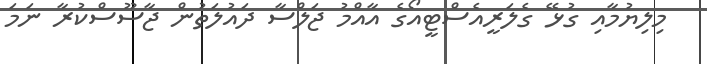
މިލިޔުމާއި ގުޅޭ ގެލަރީއެސްޓީއޯގެ އާއްމު ޖަލްސާ ދައުލަތުން ޖާސޫސްކުރާ ނަމަ